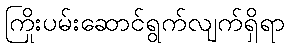
ကြိုးပမ်းဆောင်ရွက်လျက်ရှိရာ